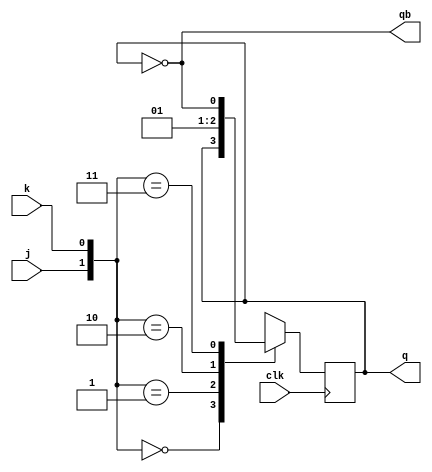
module jk_ff(
	input clk,
	input j,
	input k,
	output reg q,
	output qb
);
	always@(posedge clk) begin
		case({j,k})
			2'b00: q<=q;
			2'b01: q<=1'b0;
			2'b10: q<=1'b1;
			2'b11: q<=~q;
		endcase
	end
	assign qb=~q;
endmodule